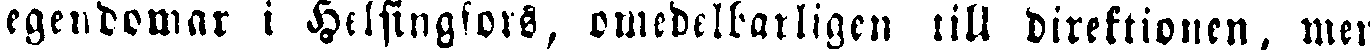
egendomar i Helsingfors, omedelbarligen till direktionen, men